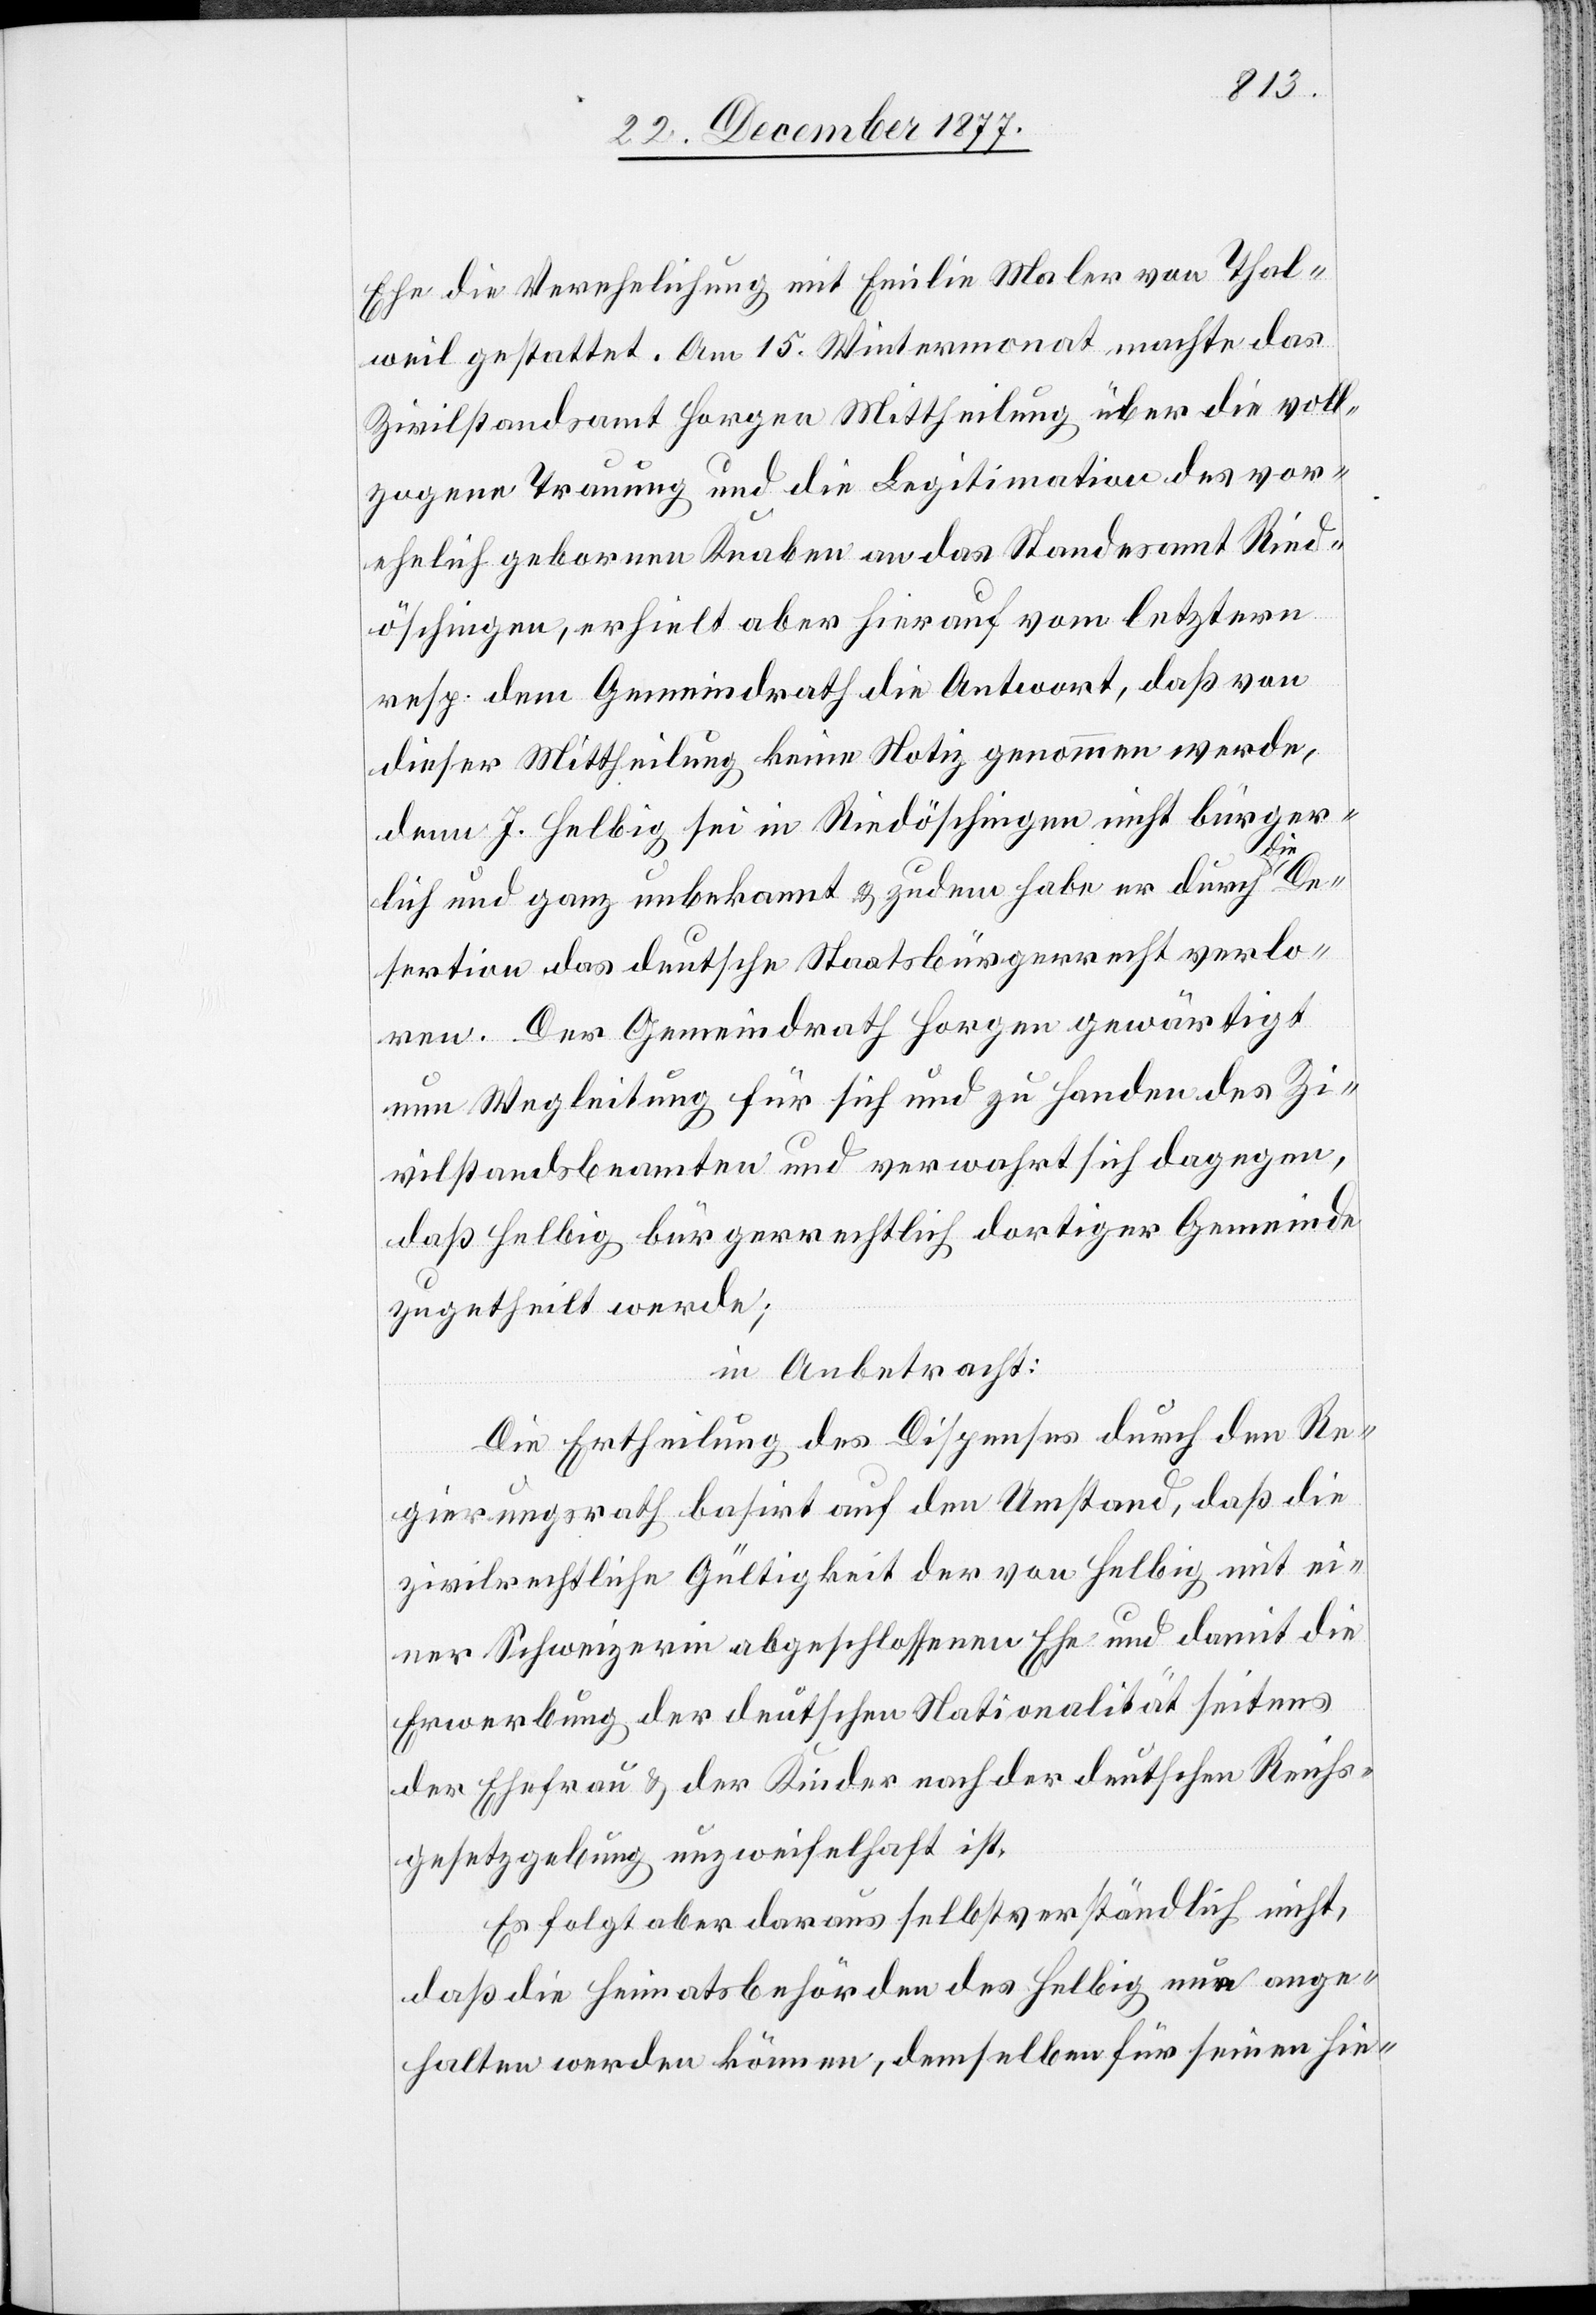
Ehe die Verehelichung mit Emilie Maler von Thal¬
weil gestattet. Am 15. Wintermonat machte das
Zivilstandsamt Horgen Mittheilung über die voll¬
zogene Trauung und die Legitimation des vor¬
ehelich gebornen Knaben an das Standesamt Ried¬
öschingen, erhielt aber hierauf vom letztern
resp. dem Gemeindrath die Antwort, daß von
dieser Mittheilung keine Notiz genommen werde,
denn J. Helbig sei in Riedöschingen nicht bürger¬
De¬
lich und ganz unbekannt & zudem habe er durch die
sertion das deutsche Staatsbürgerrecht verlo¬
ren. Der Gemeindrath Horgen gewärtigt
nun Wegleitung für sich und zu Handen des Zi¬
vilstandsbeamten und verwahrt sich dagegen,
daß Helbig bürgerrechtlich dortiger Gemeinde
zugetheilt werde;
in Anbetracht:
Die Ertheilung des Dispenses durch den Re¬
gierungsrath basirt auf den Umstand, daß die
zivilrechtliche Gültigkeit der von Helbig mit ei¬
ner Schweizerin abgeschlossenen Ehe und damit die
Erwerbung der deutschen Nationalität seitens
der Ehefrau & der Kinder nach der deutschen Reichs¬
gesetzgebung unzweifelhaft ist.
Es folgt aber daraus selbstverständlich nicht,
daß die Heimatsbehörden des Helbig nun ange¬
halten werden können, demselben für seinen hie-